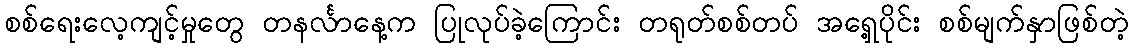
စစ်ရေးလေ့ကျင့်မှုတွေ တနင်္လာနေ့က ပြုလုပ်ခဲ့ကြောင်း တရုတ်စစ်တပ် အရှေ့ပိုင်း စစ်မျက်နှာဖြစ်တဲ့